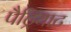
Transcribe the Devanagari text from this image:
पैट्रियाट